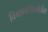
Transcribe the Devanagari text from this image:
विभागांसंदर्भातील